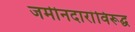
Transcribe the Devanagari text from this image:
जमीनदारांविरूद्घ